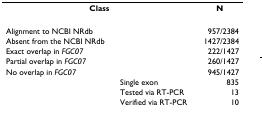
<table><thead><tr><td colspan="2"><b>Class</b></td><td><b>N</b></td></tr></thead><tbody><tr><td>Alignment to NCBI NRdb</td><td></td><td>957/2384</td></tr><tr><td>Absent from the NCBI NRdb</td><td></td><td>1427/2384</td></tr><tr><td>Exact overlap in <i>FGC07</i></td><td></td><td>222/1427</td></tr><tr><td>Partial overlap in <i>FGC07</i></td><td></td><td>260/1427</td></tr><tr><td>No overlap in <i>FGC07</i></td><td></td><td>945/1427</td></tr><tr><td></td><td>Single exon</td><td>835</td></tr><tr><td></td><td>Tested via RT-PCR</td><td>13</td></tr><tr><td></td><td>Verified via RT-PCR</td><td>10</td></tr></tbody></table>